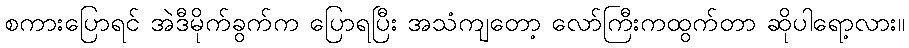
စကားပြောရင် အဲဒီမိုက်ခွက်က ပြောရပြီး အသံကျတော့ လော်ကြီးကထွက်တာ ဆိုပါရော့လား။